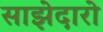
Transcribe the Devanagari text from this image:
साझेदारो